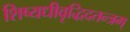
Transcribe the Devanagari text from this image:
शिष्यधीवृद्धिदतन्त्रम्